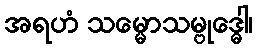
အရဟံ သမ္မောသမ္ဗုဒ္ဓေါ၊